Rae_vallavalitsus, lk 84
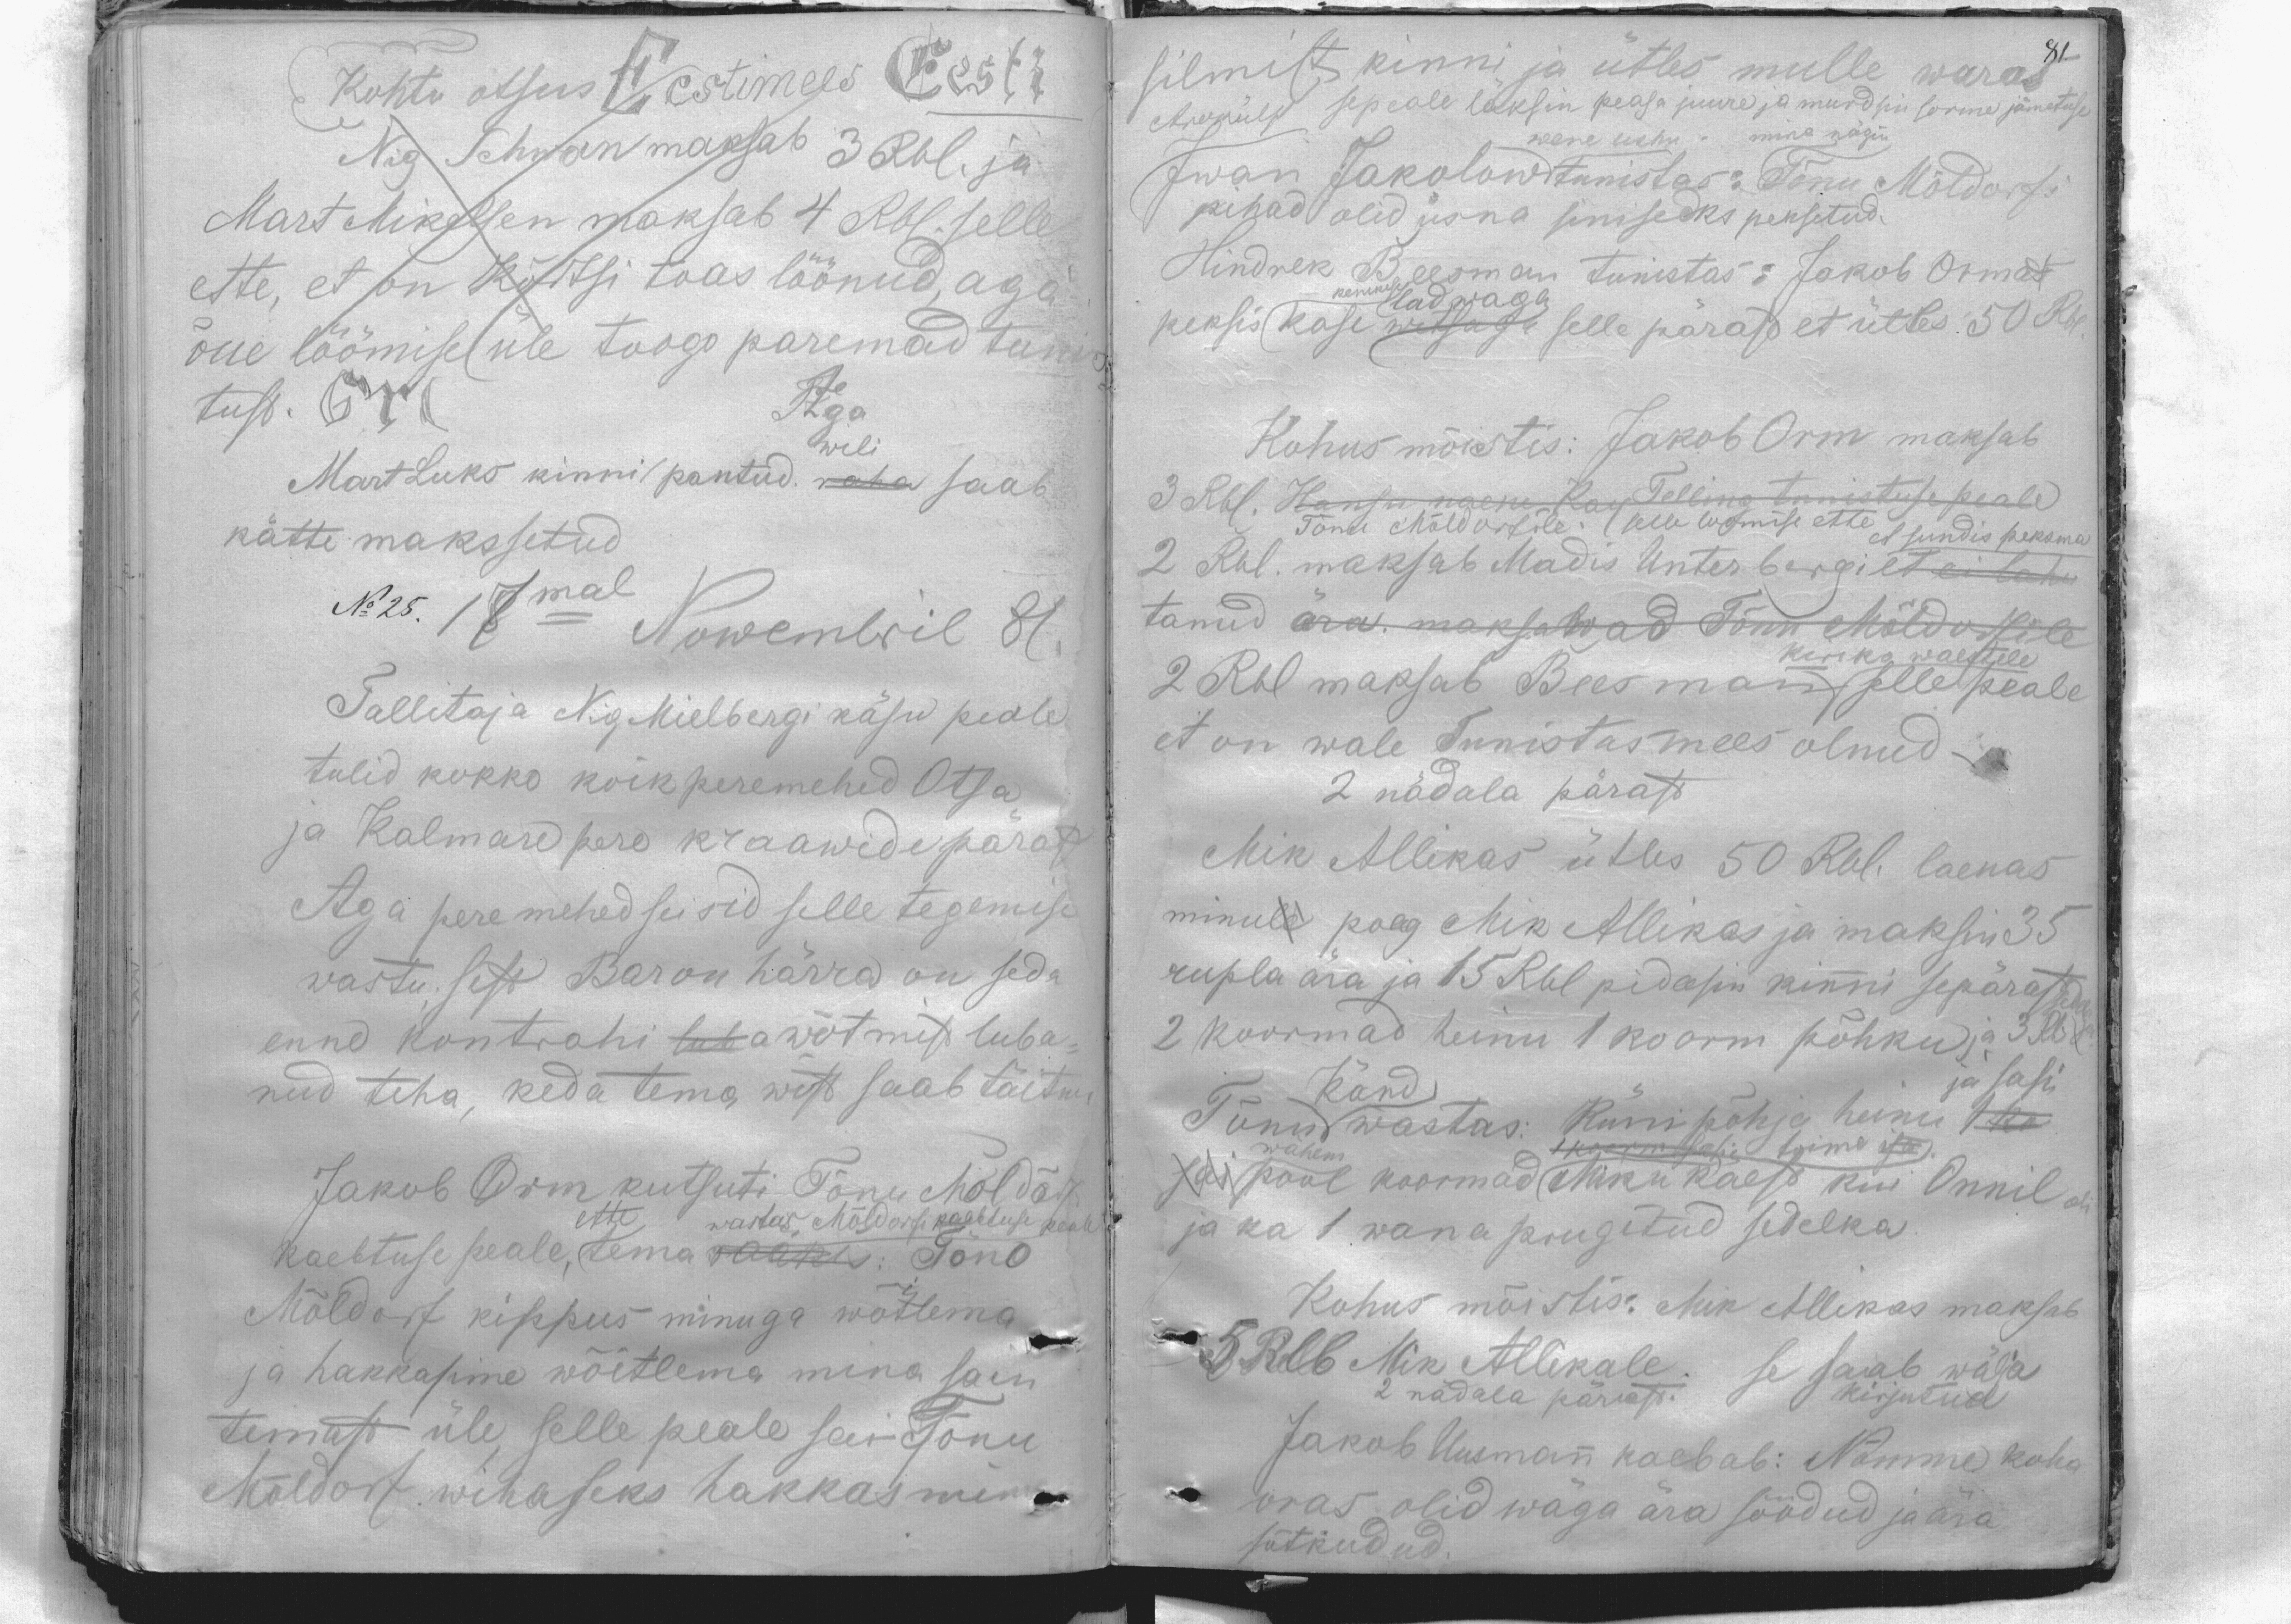
Kohtu otsus Eestimees Eesti
Nig. Schwan maksab 3 Rbl. ja
Mart Mikelsen maksab 4 Rbl. selle
ette, et on Kõrtsi toas löönud, aga
õue löömise üle toogo paremad tunis
tust. Grl
Mart Luks kinni pantud. raha saab
kätte makssetud
No 25. 17mal
Nowembril 81.
Tallitaja Nig Mielbergi käsu peale
tulid kokko koik peremehed Otsa
ja Kalmare pere kraawide pärast
Aga peremehed seisid selle tegemise
wastu sest Baron härra on seda
enne kontrahi luba wõtmist luba-
nud teha, keda tema wist saab täitma
Jakob Orm kutsuti Tõnu Möldörf
kaebtuse peale, tema rääkis: Tõno
Mõldorf kippus minuga wõitlema
ja hakkasime wõitlema mina sain
temast üle, selle peale sai Tõnu
Mõldorf wihaseks hakkas minu

81
silmist kinni ja ütles mulle waras
Aroküll sepeale läksin peaga juure ja murdsin sorme jämetuse
wene usku. mina nägin
Jwan Jakolow tunistas: Tõnu Mõldorfi
pihad olid üsna siniseks peksetud.
Hindrek Beerman tunistas: Jakob Ormat
penikese ladwaga
peksis kase witsaga selle pärast et ütles 50 Rbl.
Kohus mõistis: Jakob Orm maksab
3 Rbl. Hansu naene Kay Telling tunistuse peale
Tõnu Mõldorfile. (selle loomise ette
et sundis peksma
2 Rbl. maksab Madis Unterbergilt ei lahu
tanud ära. maksawad Tõnu Mõldorfile
2 Rbl maksab Beermann selle peale
keriko waestele
et on wale Tunists mees olnud.
2 nädala pärast.
Mik Allikas ütles 50 Rbl. laenas
minule poeg Mik Allikas ja maksin 35
rupla ära ja 15 Rbl pidasin kinni sepärast
2 koormad heinu 1 koorm põhku ja 3 Rbl
Tõnu Känd wastas: Küni põhja heinu 1 ka
wähem
1 koorm sasie toime isa.
ja pool koormad Miku käest kui Onnil oli
ja ka 1 wana prugitud sedelka
Kohus mõistis: Mik Allikas maksab
5 Rlb Mik Allikale. se saab wälja
2 nädala pärrast. kirjutud
Jakob Uusmann kaebab: Nõmme koha
oras olid wäga ära söödud ja ära
sõtkudud